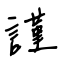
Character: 謹